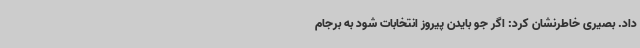
داد. بصیری خاطرنشان کرد: اگر جو بایدن پیروز انتخابات شود به برجام